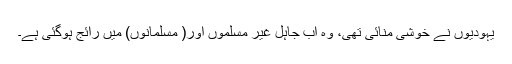
یہودیوں نے خوشی منائی تھی، وہ اب جاہل غیر مسلموں اور( مسلمانوں) میں رائج ہوگئی ہے۔